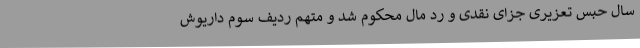
سال حبس تعزیری جزای نقدی و رد مال محکوم شد و متهم ردیف سوم داریوش